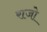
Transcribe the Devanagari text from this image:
राजो